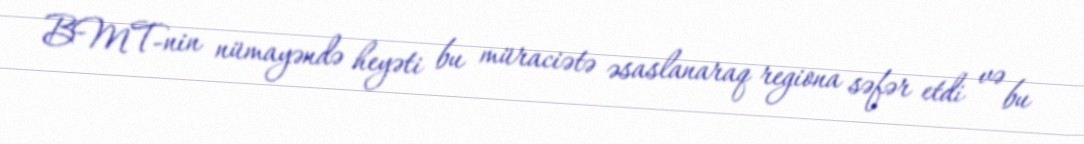
BMT-nin nümayəndə heyəti bu müraciətə əsaslanaraq regiona səfər etdi və bu